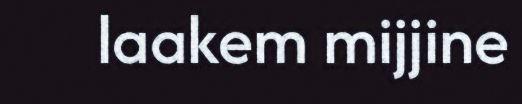
laakem mijjine